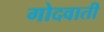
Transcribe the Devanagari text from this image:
गोदवाती